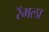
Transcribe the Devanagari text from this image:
रॅमला